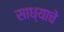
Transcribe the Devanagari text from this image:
साध्याचे